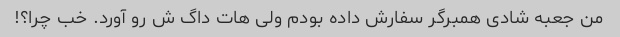
من جعبه شادی همبرگر سفارش داده بودم ولی هات داگ ش رو آورد. خب چرا؟!